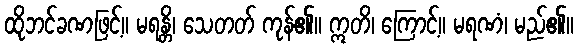
ထိုဘင်ခဏဖြင့်။ မရန္တိ၊ သေတတ် ကုန်၏။ ဣတိ၊ ကြောင့်။ မရဏံ၊ မည်၏။